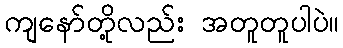
ကျနော်တို့လည်း အတူတူပါပဲ။